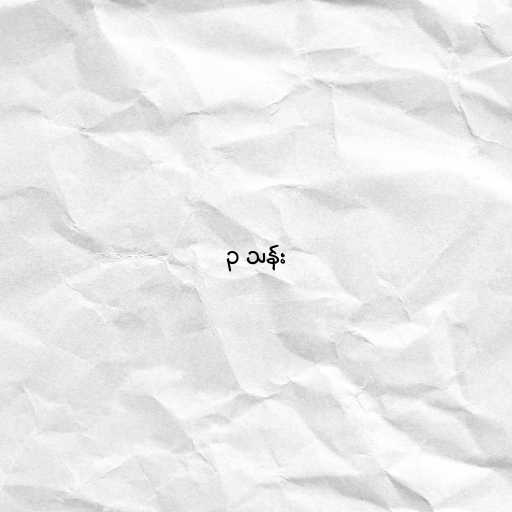
၃ သန်း